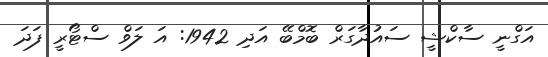
އަގްނީ ސާކްޝީ ސައުދާގަރް ބޮމްބޭ އަދި 1942: އަ ލަވް ސްޓޯރީ ފަދަ